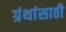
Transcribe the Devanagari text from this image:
ग्रंथांसाठी